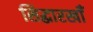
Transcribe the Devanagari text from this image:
सिद्धारखॉँ